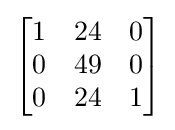
{\begin{bmatrix}1&24&0\\0&49&0\\0&24&1\end{bmatrix}}